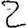
Digit: 2